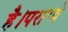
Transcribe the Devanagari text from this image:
है।पराग्वे